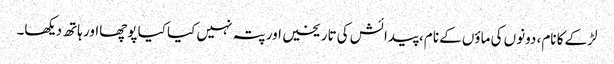
لڑکے کا نام، دونوں کی ماؤں کے نام، پیدائش کی تاریخیں اور پتہ نہیں کیا کیا پوچھااور ہاتھ دیکھا۔